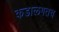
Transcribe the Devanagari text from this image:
कडालगतच